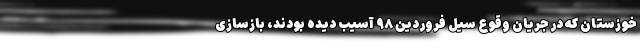
خوزستان که در جریان وقوع سیل فروردین ۹۸ آسیب دیده بودند، بازسازی